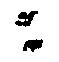
ニ